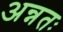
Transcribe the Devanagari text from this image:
अन्नतः